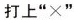
打上”×”